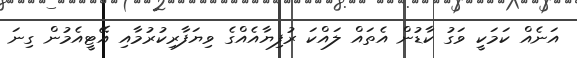
އަނެއް ކަމަކީ ވަގު ކާޑުން އެތައް ލައްކަ ރުފިޔާއެއްގެ ވިޔަފާރިކުރުމާއި އޭޓީއެމުން ގިނަ